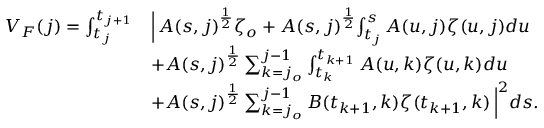
\begin{array} { r l } { V _ { F } ( j ) = \int _ { t _ { j } } ^ { t _ { j + 1 } } } & { \Big | \, A ( s , j ) ^ { \frac { 1 } { 2 } } \zeta _ { o } + A ( s , j ) ^ { \frac { 1 } { 2 } } \! \int _ { t _ { j } } ^ { s } A ( u , j ) \zeta ( u , j ) d u } \\ & { + A ( s , j ) ^ { \frac { 1 } { 2 } } \sum _ { k = j _ { o } } ^ { j - 1 } \int _ { t _ { k } } ^ { t _ { k + 1 } } A ( u , k ) \zeta ( u , k ) d u } \\ & { + A ( s , j ) ^ { \frac { 1 } { 2 } } \sum _ { k = j _ { o } } ^ { j - 1 } B ( t _ { k + 1 } , k ) \zeta ( t _ { k + 1 } , k ) \, \Big | ^ { 2 } d s . } \end{array}